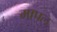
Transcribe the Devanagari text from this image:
मापल